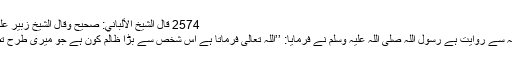
2574 قال الشيخ الألباني: صحيح وقال الشيخ زبير على زئي: إسناده ضعيف)
ابو ہریرہ رضی اللہ عنہ سے روایت ہے رسول اللہ صلی اللہ علیہ وسلم نے فرمایا: ’’اللہ تعالیٰ فرماتا ہے اس شخص سے بڑا ظالم کون ہے جو میری طرح تصویر سازی کرتا ہے۔